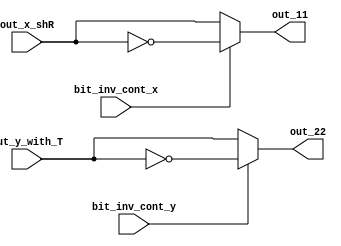
module Alignment_7 (bit_inv_cont_x , bit_inv_cont_y , out_x_shR , out_y_with_T , out_11 , out_22);
input bit_inv_cont_x , bit_inv_cont_y;
input [26:0] out_x_shR;
input [26:0] out_y_with_T;
output reg [26:0]out_11;
output reg [26:0]out_22;
always@(*)
begin
    if(bit_inv_cont_x)
			begin
				out_11= ~out_x_shR;
			end
		else	
			begin
				out_11= out_x_shR;
			end
    if(bit_inv_cont_y)
			begin
				out_22 = ~out_y_with_T;
			end
		else	
			begin
				out_22 = out_y_with_T;
			end        
end
endmodule